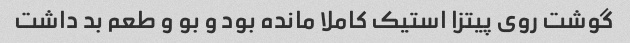
گوشت روی پیتزا استیک کاملا مانده بود و بو و طعم بد داشت